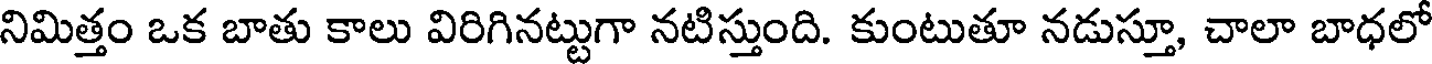
నిమిత్తం ఒక బాతు కాలు విరిగినట్టుగా నటిస్తుంది. కుంటుతూ నడుస్తూ, చాలా బాధలో